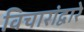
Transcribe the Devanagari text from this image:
विचारांद्वारे